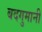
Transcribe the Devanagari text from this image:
बदगुमानी